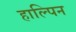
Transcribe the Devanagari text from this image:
हाल्पिन